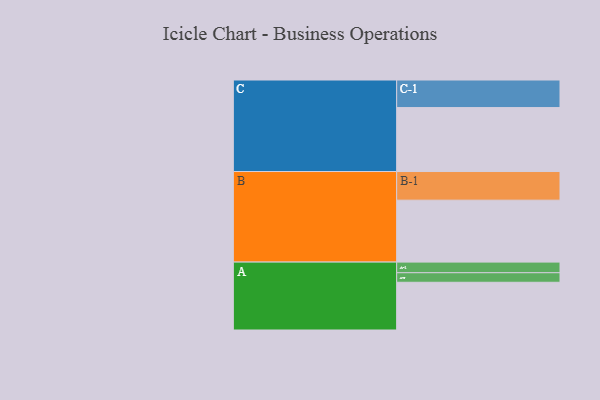
{"axis": {"x": "Segment", "y": "Value"}, "legend": ["", "A", "B", "C"], "data": [{"x": "A", "y": 400, "type": ""}, {"x": "B", "y": 519, "type": ""}, {"x": "C", "y": 536, "type": ""}, {"x": "A-1", "y": 89, "type": "A"}, {"x": "A-2", "y": 80, "type": "A"}, {"x": "B-1", "y": 240, "type": "B"}, {"x": "C-1", "y": 231, "type": "C"}]}